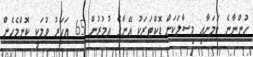
ހުންނާނެ ކަމަށާއި މިސާލަކަށް ޑޮކްޓަރަކު އޭނާގެ އުމުރުން 65 އަހަރު ވުމަކީ ކޮންމެހެން